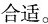
合适。